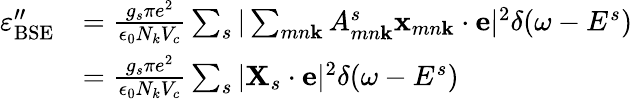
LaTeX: \begin{array}{rl}{\varepsilon_{\mathrm{BSE}}^{"}}&{=\frac{g_{s}\pi e^{2}}{\epsilon_{0}N_{k}V_{c}}\sum_{s}|\sum_{mn\textbf{k}}A_{mn\textbf{k}}^{s}\textbf{x}_{mn\textbf{k}}\cdot\textbf{e}|^{2}\delta(\omega-E^{s})}\\ &{=\frac{g_{s}\pi e^{2}}{\epsilon_{0}N_{k}V_{c}}\sum_{s}|\textbf{X}_{s}\cdot\textbf{e}|^{2}\delta(\omega-E^{s})}\end{array}